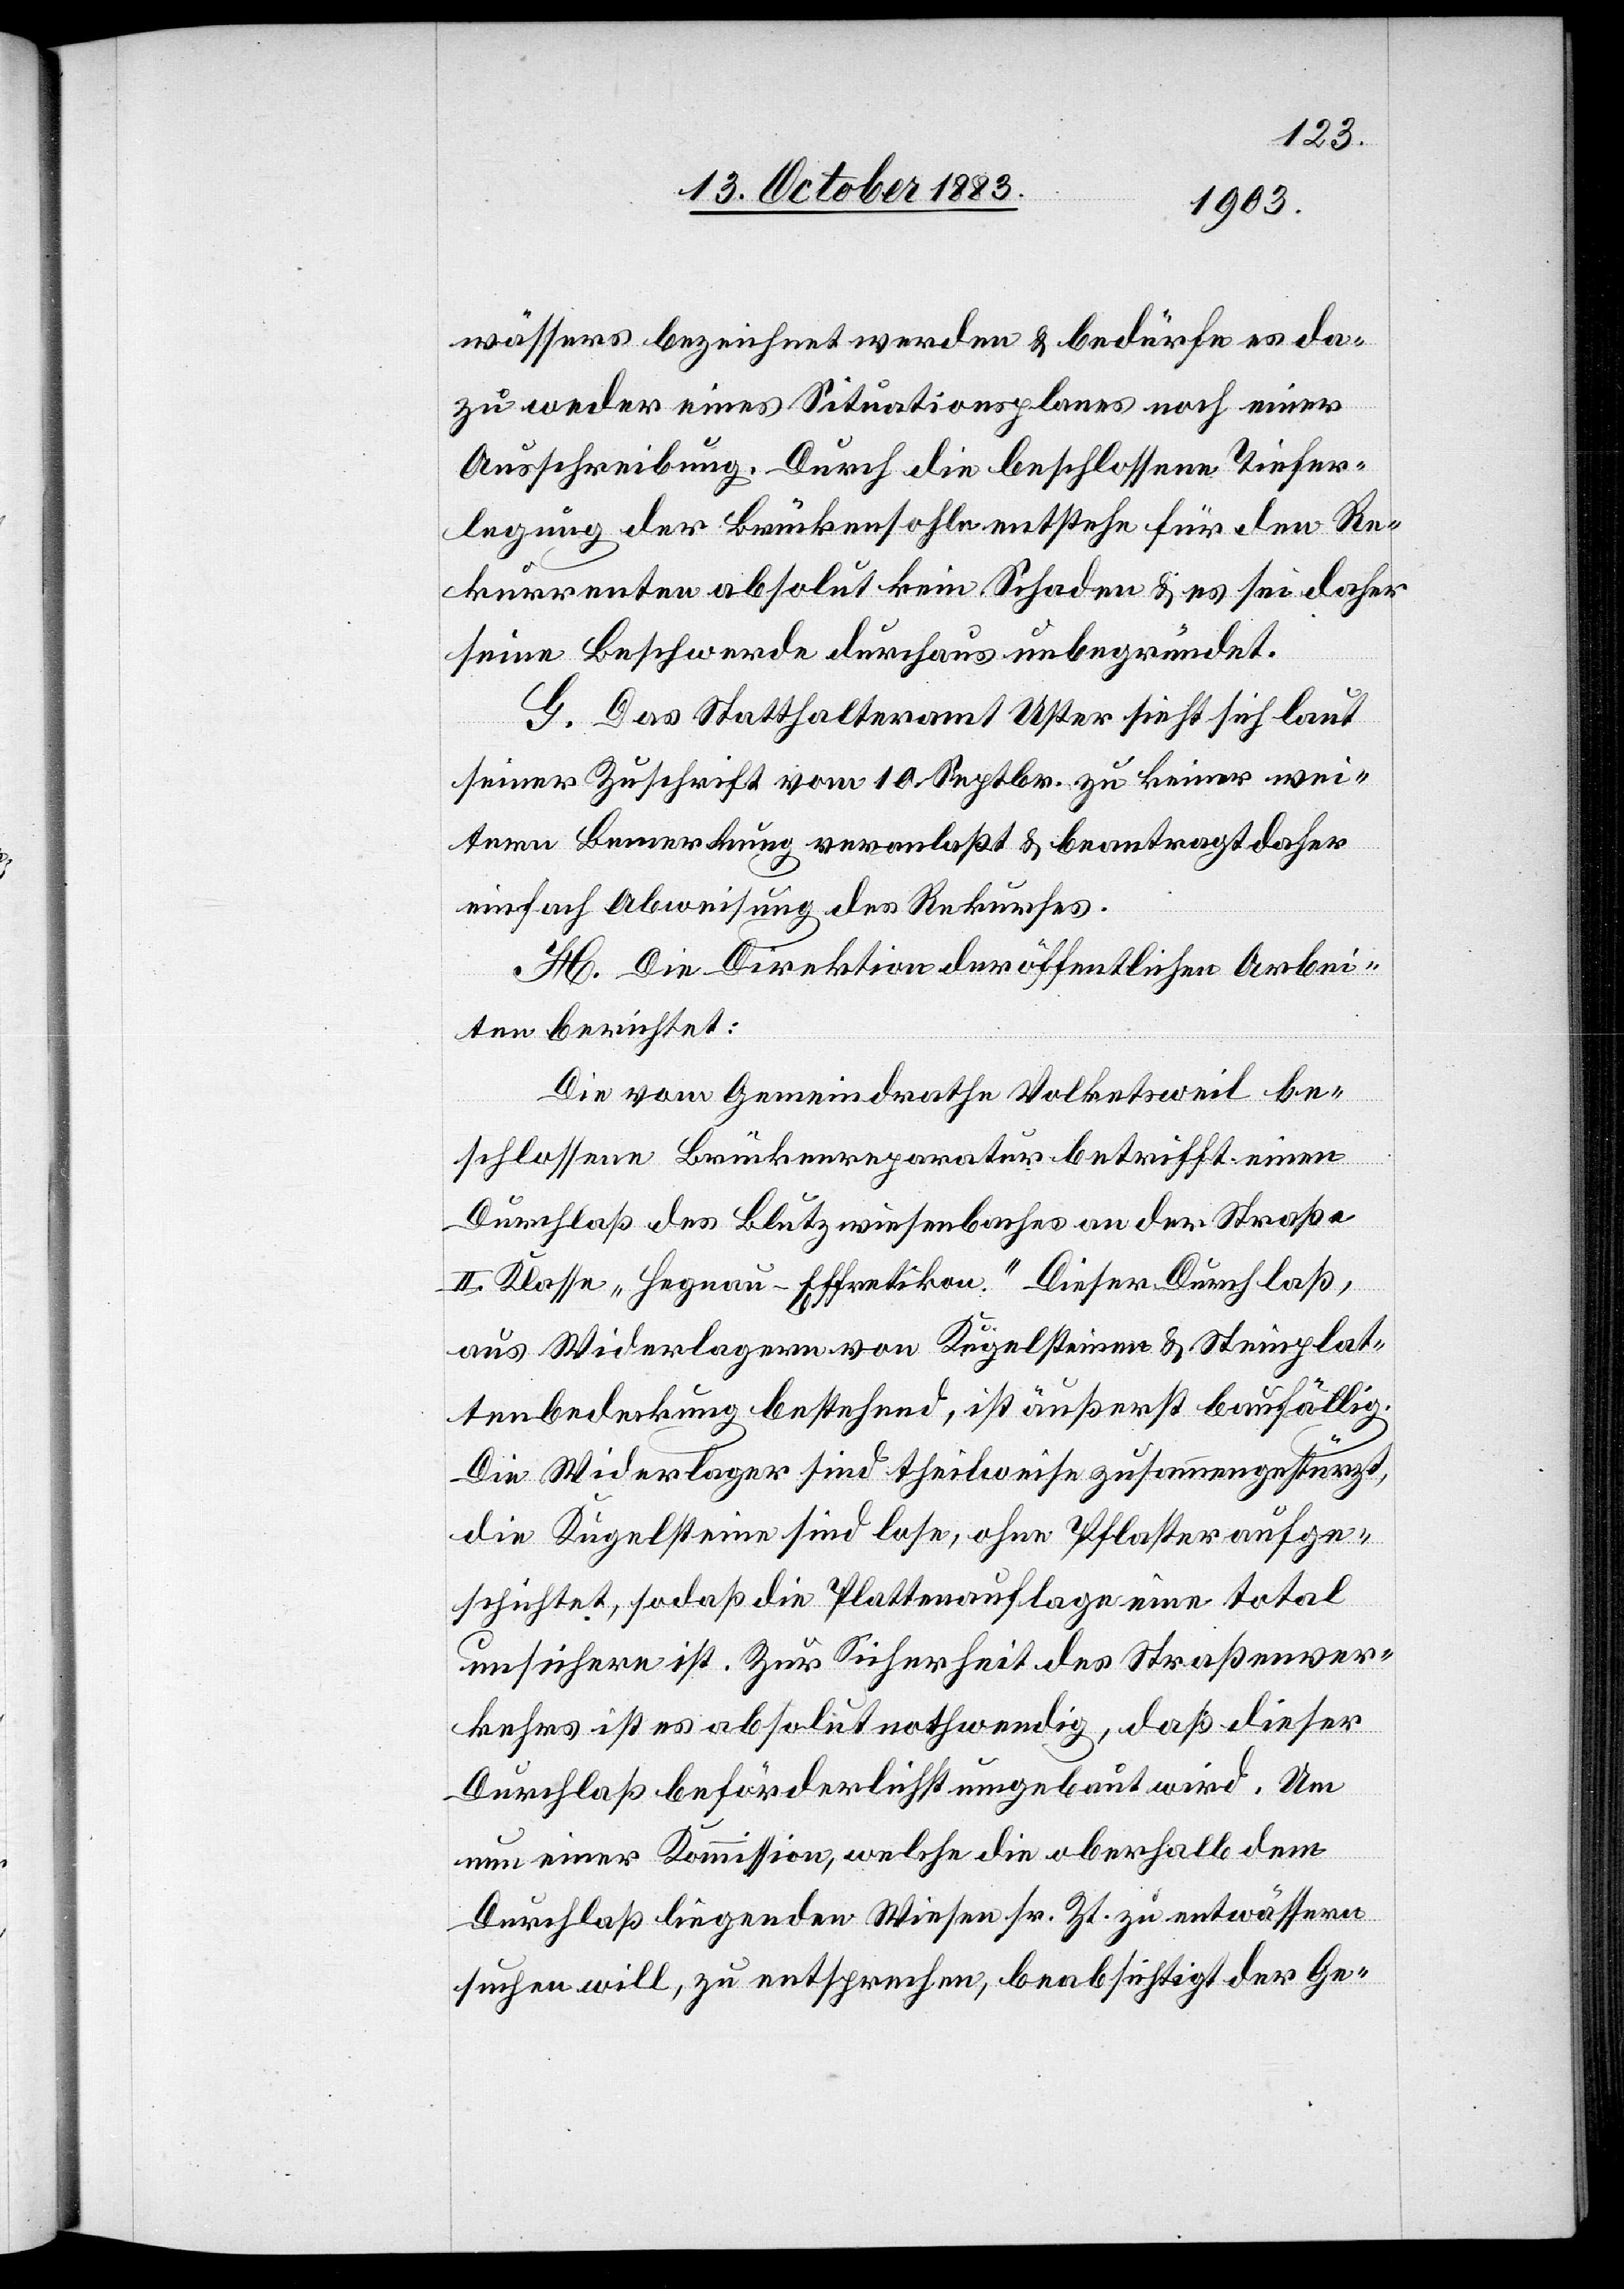
wässers bezeichnet werden & bedürfe es da¬
zu weder eines Situationsplanes noch einer
Ausschreibung. Durch die beschlossene Tiefer¬
legung der Brückensohle entstehe für den Re¬
kurrenten absolut kein Schaden & es sei daher
seine Beschwerde durchaus unbegründet.
G. Das Statthalteramt Uster sieht sich laut
seiner Zuschrift vom 10. Septbr. zu keiner wei¬
tern Bemerkung veranlaßt & beantragt daher
einfach Abweisung des Rekurses.
H. Die Direktion der öffentlichen Arbei¬
ten berichtet:
Die vom Gemeindrathe Volketsweil be¬
schlossene Brückenreparatur betrifft einen
Durchlaß des Blutzwiesenbaches an der Straße
II. Klasse „Hegnau–Effretikon“. Dieser Durchlaß,
aus Widerlagern von Kügelsteinen & Steinplat¬
tenbedeckung bestehend, ist äußerst baufällig.
Die Widerlager sind theilweise zusammengestürzt,
die Kügelsteine sind lose, ohne Pflaster aufge¬
schichtet, so daß die Plattenauflage eine total
unsichere ist. Zur Sicherheit des Straßenver¬
kehrs ist es absolut nothwendig, daß dieser
Durchlaß beförderlichst umgebaut wird. Um
nun einer Kommission, welche die oberhalb dem
Durchlaß liegenden Wiesen sr. Zt. zu entwässern
suchen will, zu entsprechen, beabsichtigt der Ge-